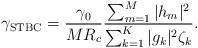
LaTeX: \begin{align*}\gamma_{\mathrm{STBC}} = \frac{\gamma_0}{MR_c}\frac{\sum_{m=1}^{M}|h_m|^2}{\sum_{k=1}^{K}|g_k|^2\zeta_k}.\end{align*}